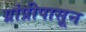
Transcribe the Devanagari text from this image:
ग्रांप्रीपासून